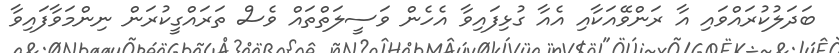
ބަދަލުކުރައްވައި އާ ރަންވޭއަކާއި އެއާ ގުޅިފައިވާ އެހެން ވަސީލަތްތައް ވެސް ތަރައްގީކުރަން ނިންމަވާފައިވާ